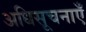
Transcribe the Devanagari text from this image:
अधिसूचनाएँ